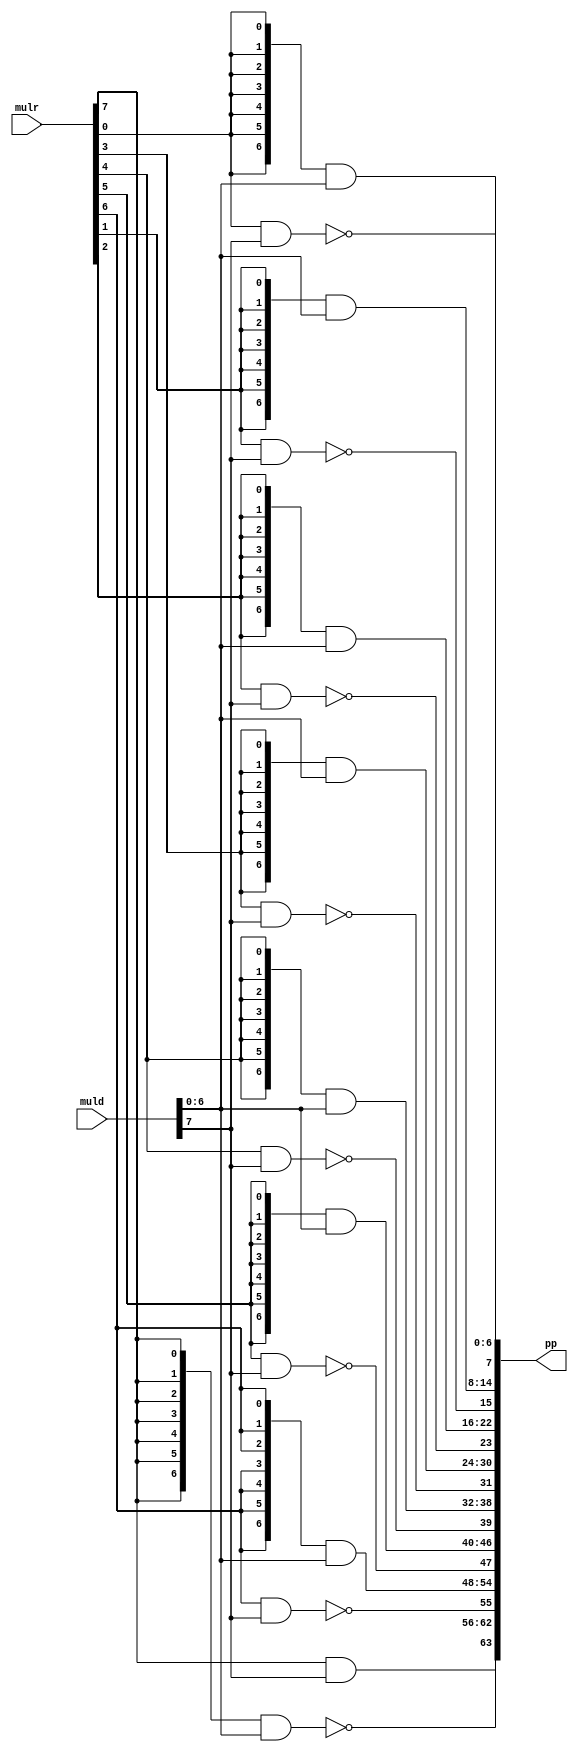
module ppgen #(
    parameter DW = 8
)(
    input  [DW-1:0]    muld,
    input  [DW-1:0]    mulr,
    
    output [DW**2-1:0] pp
);

genvar i;
generate
    for (i = 0; i < DW; i++) begin
        if (i==DW-1) begin
            assign pp[DW*i+:DW] = {{mulr[i] & muld[DW-1]}, ~{{DW-1{mulr[i]}} & muld[DW-2:0]}};
        end
        else begin
            assign pp[DW*i+:DW] = {~{mulr[i] & muld[DW-1]}, {{DW-1{mulr[i]}} & muld[DW-2:0]}};
        end
    end    
endgenerate

endmodule